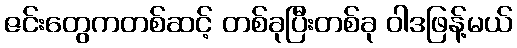
ဇင်းတွေကတစ်ဆင့် တစ်ခုပြီးတစ်ခု ဝါဒဖြန့်မယ်